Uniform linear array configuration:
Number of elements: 48
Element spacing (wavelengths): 0.5
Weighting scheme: exponential
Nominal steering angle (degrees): -45
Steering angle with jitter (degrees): -43.948
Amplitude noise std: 0.05
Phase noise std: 0.05

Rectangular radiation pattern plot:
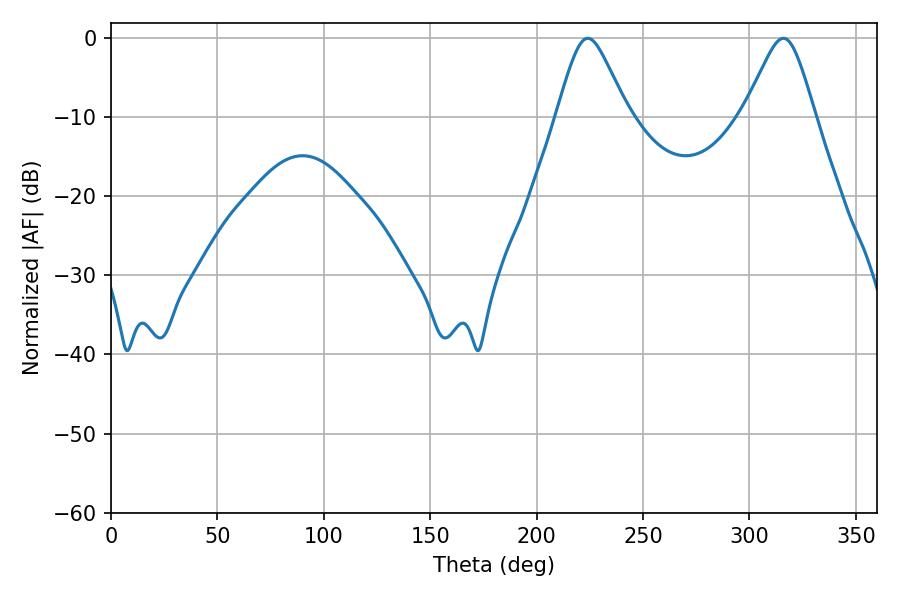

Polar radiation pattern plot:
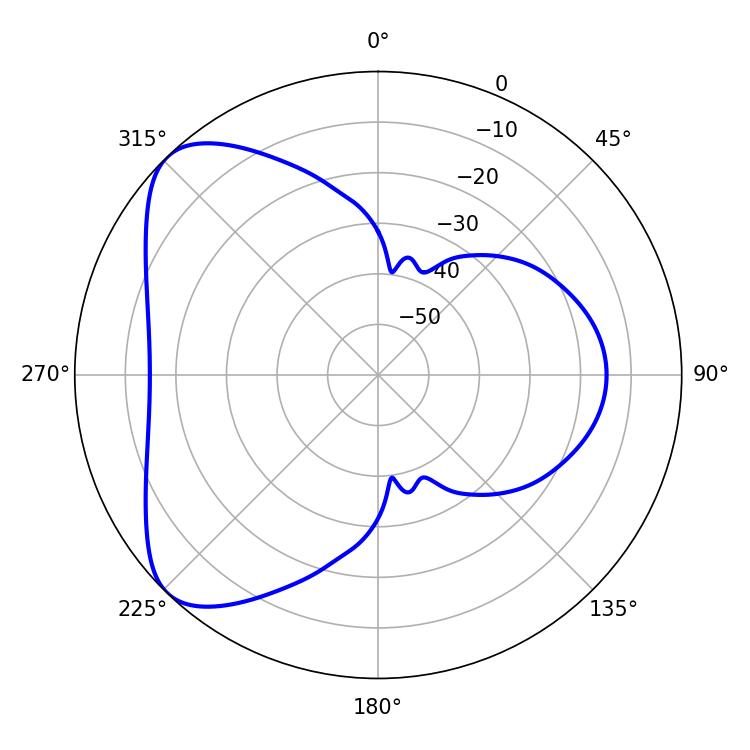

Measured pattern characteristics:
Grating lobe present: FALSE
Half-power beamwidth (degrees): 16.2
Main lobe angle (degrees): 224.1